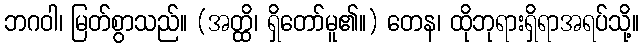
ဘဂဝါ၊ မြတ်စွာသည်။ (အတ္ထိ၊ ရှိတော်မူ၏။) တေန၊ ထိုဘုရားရှိရာအရပ်သို့။